Indian journal of veterinary science and animal husbandry - Volumes 22-23, 1952-1953
Year: 1952
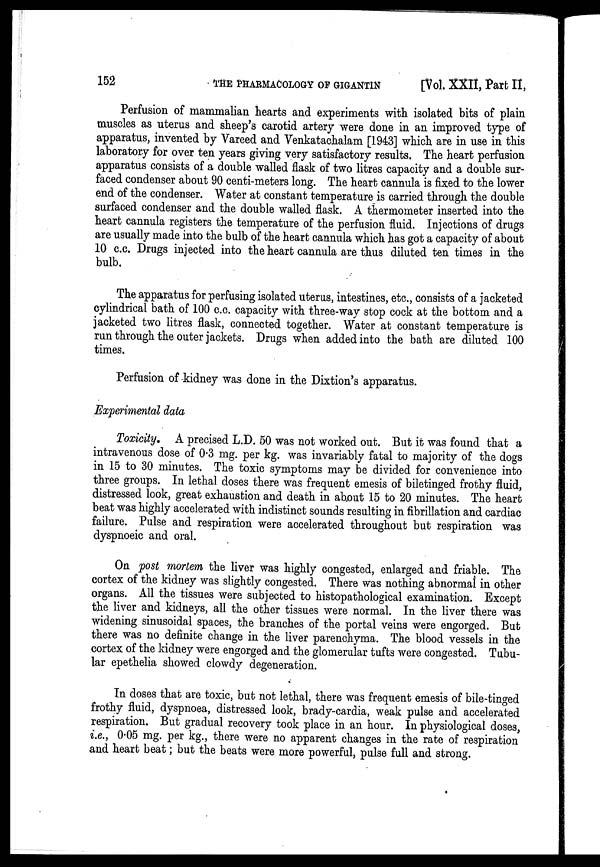
152
THE
PHARMACOLOGY
OF
GIGANTIN
[Vol. XXII, Part II,
Perfusion of mammalian hearts and experiments with isolated bits of plain
muscles as uterus and sheep's carotid artery were done in an improved type of
apparatus, invented by Vareed and Venkatachalam [1943] which are in use in this
laboratory for over ten years giving very satisfactory results. The heart perfusion
apparatus consists of a double walled flask of two litres capacity and a double sur-
faced condenser about 90 centi-meters long. The heart cannula is fixed to the lower
end of the condenser. Water at constant temperature is carried through the double
surfaced condenser and the double walled flask. A thermometer inserted into the
heart cannula registers the temperature of the perfusion fluid. Injections of drugs
are usually made into the bulb of the heart cannula which has got a capacity of about
10 c.c. Drugs injected into the heart cannula are thus diluted ten times in the
bulb.
The apparatus for perfusing isolated uterus, intestines, etc., consists of a jacketed
cylindrical bath of 100 c.c. capacity with three-way stop cock at the bottom and a
jacketed two litres flask, connected together. Water at constant temperature is
run through the outer jackets. Drugs when added into the bath are diluted 100
times.
Perfusion of kidney was done in the Dixtion's apparatus.
Experimental data
Toxicity. A precised L.D. 50 was not worked out. But it was found that a
intravenous dose of 0.3 mg. per kg. was invariably fatal to majority of the dogs
in 15 to 30 minutes. The toxic symptoms may be divided for convenience into
three groups. In lethal doses there was frequent emesis of biletinged frothy fluid,
distressed look, great exhaustion and death in about 15 to 20 minutes. The heart
beat was highly accelerated with indistinct sounds resulting in fibrillation and cardiac
failure. Pulse and respiration were accelerated throughout but respiration was
dyspnoeic and oral.
On post mortem the liver was highly congested, enlarged and friable. The
cortex of the kidney was slightly congested. There was nothing abnormal in other
organs. All the tissues were subjected to histopathological examination. Except
the liver and kidneys, all the other tissues were normal. In the liver there was
widening sinusoidal spaces, the branches of the portal veins were engorged. But
there was no definite change in the liver parenchyma. The blood vessels in the
cortex of the kidney were engorged and the glomerular tufts were congested. Tubu-
lar epethelia showed clowdy degeneration.
In doses that are toxic, but not lethal, there was frequent emesis of bile-tinged
frothy fluid, dyspnoea, distressed look, brady-cardia, weak pulse and accelerated
respiration. But gradual recovery took place in an hour. In physiological doses,
i.e., 0.05 mg. per kg., there were no apparent changes in the rate of respiration
and heart beat; but the beats were more powerful, pulse full and strong.